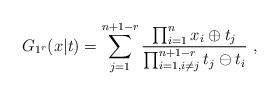
LaTeX: \begin{align*}G_{1^{r}}(x|t)=\sum_{j=1}^{n+1-r}\frac{\prod_{i=1}^{n}x_{i}\oplus t_{j}}{\prod_{i=1,i\neq j}^{n+1-r}t_{j}\ominus t_{i}}~, \end{align*}